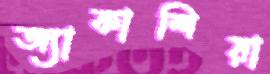
অ্যাকাশিয়া